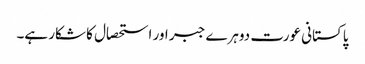
پاکستانی عورت دوہرے جبر اور استحصال کا شکار ہے۔